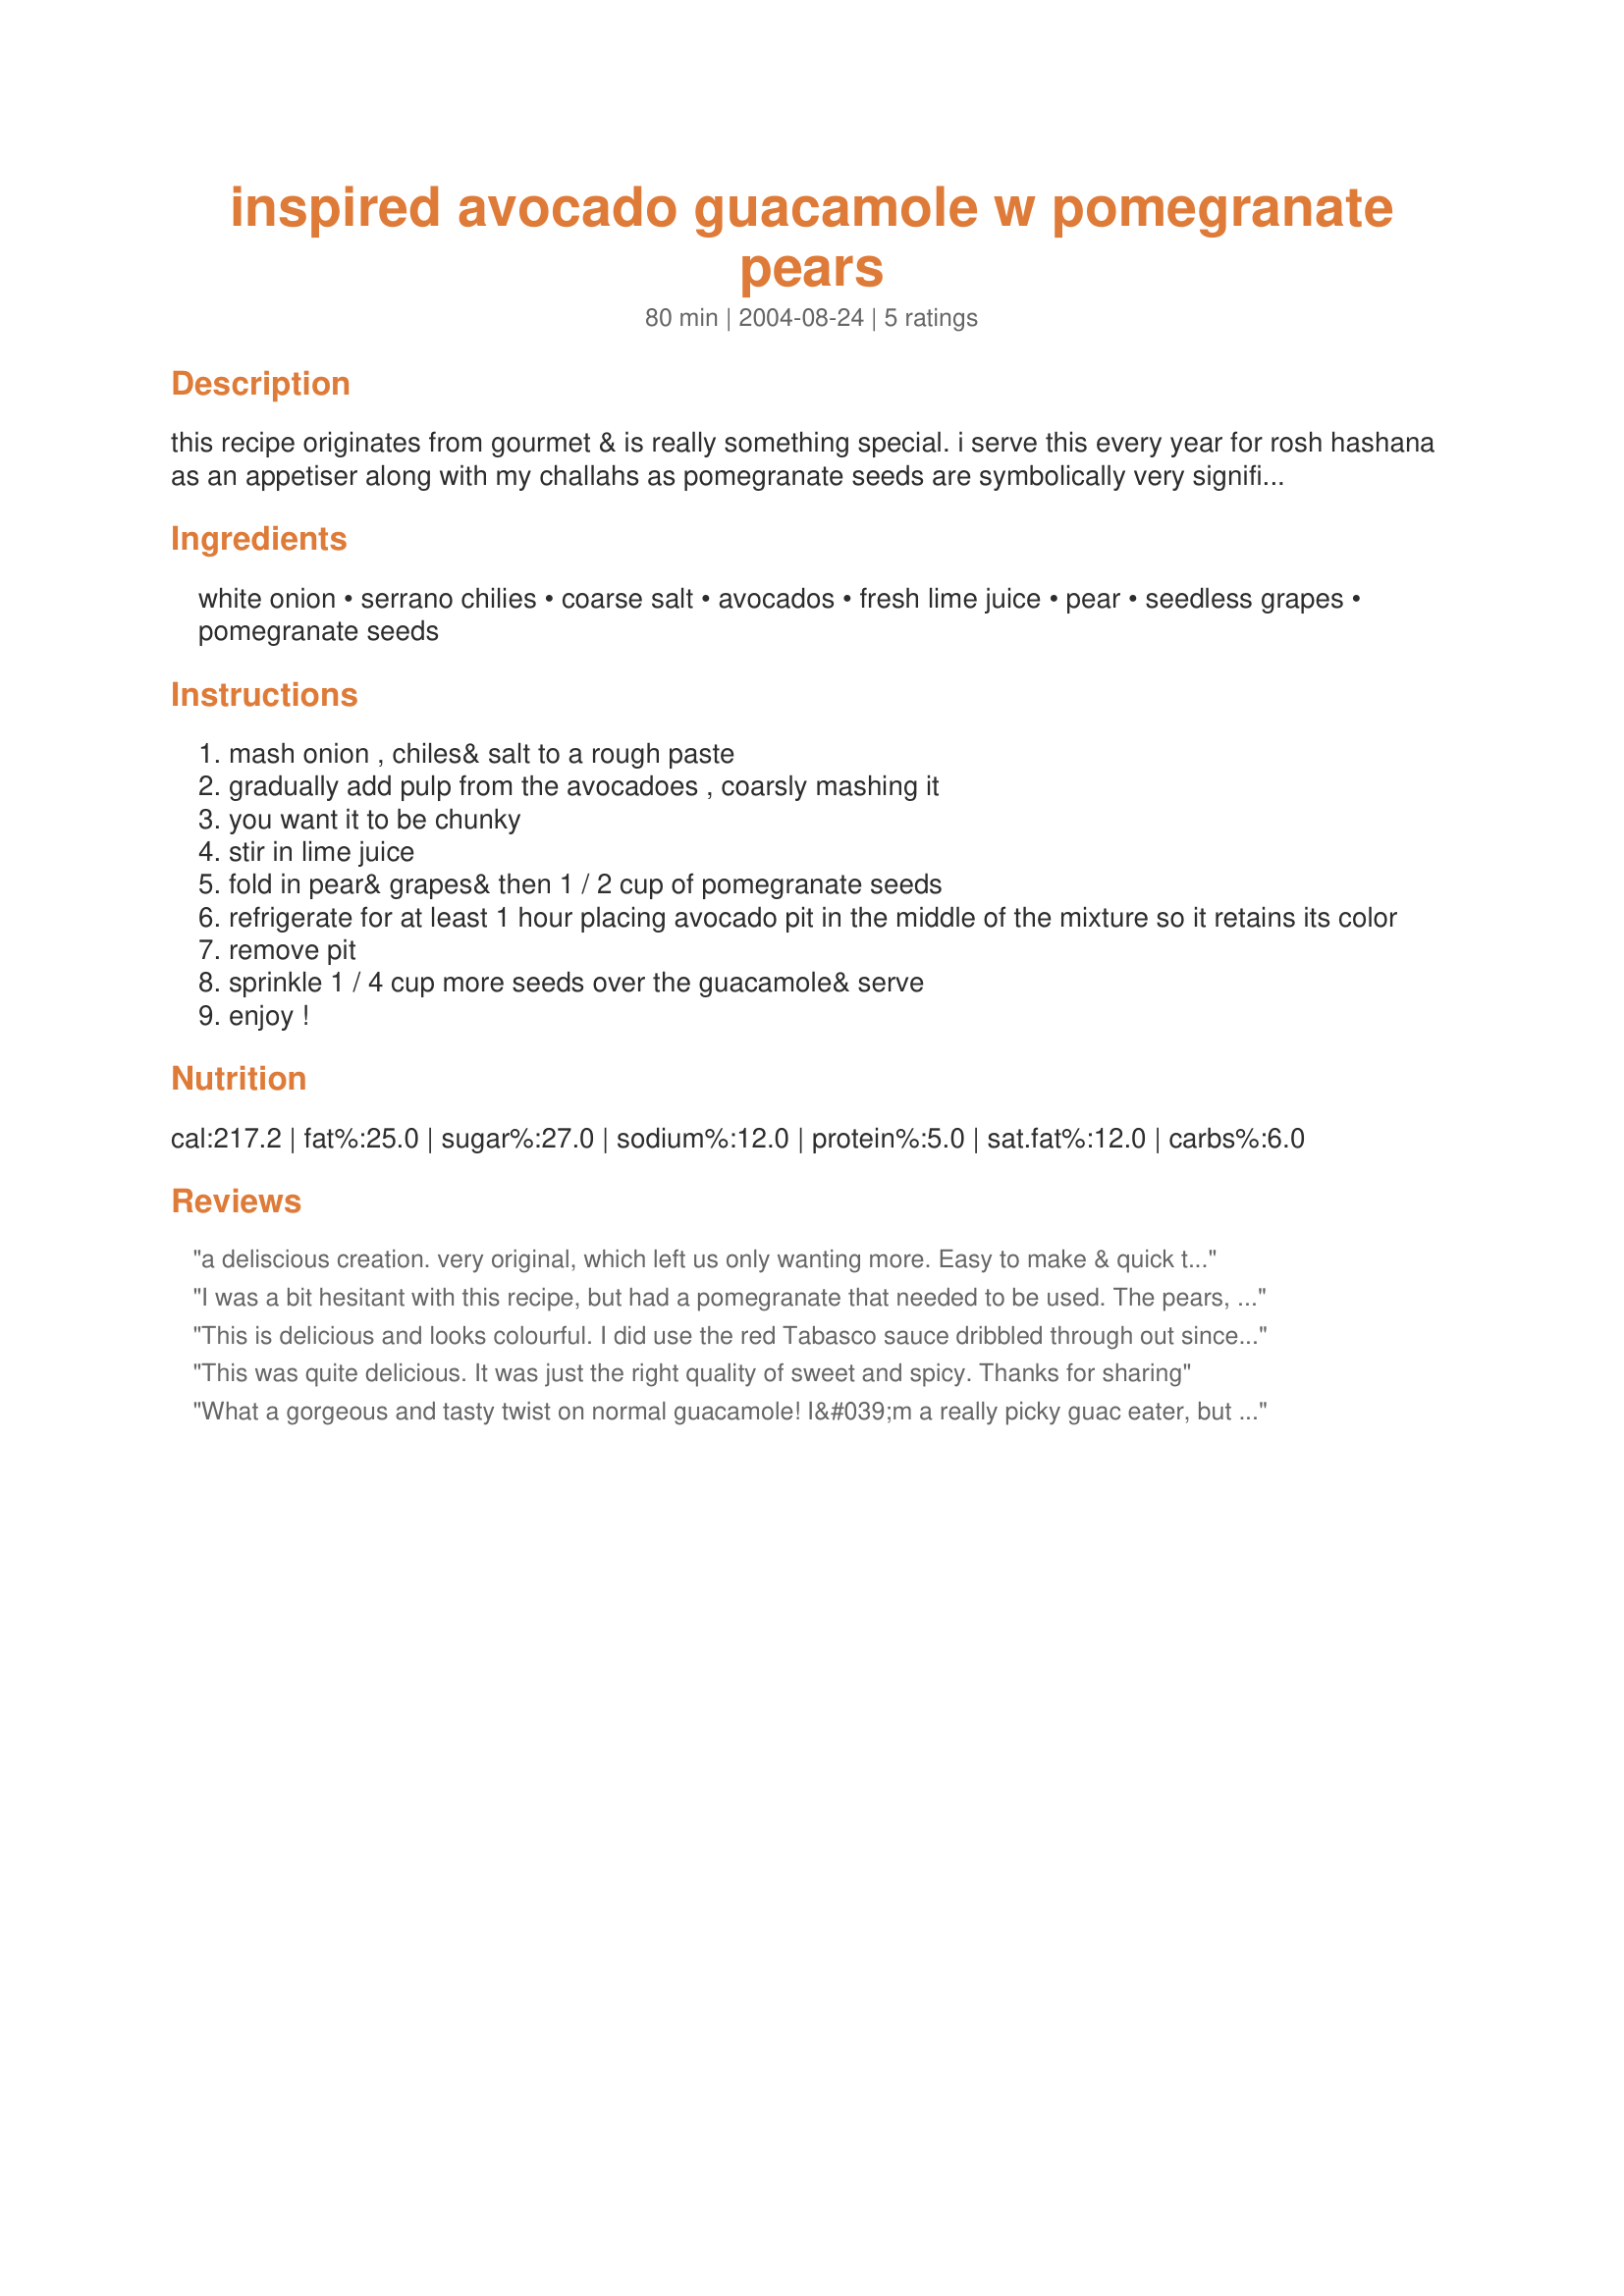
inspired avocado guacamole w pomegranate pears
Preparation time: 80 minutes

this recipe originates from gourmet & is really something special. i serve this every year for rosh hashana as an appetiser along with my challahs as pomegranate seeds are symbolically very significant. very different from what you may be used to but oh so delicious!(prep time includes 1 hour in frig.)

Ingredients:
white onion, serrano chilies, coarse salt, avocados, fresh lime juice, pear, seedless grapes, pomegranate seeds

Steps:
mash onion , chiles& salt to a rough paste
gradually add pulp from the avocadoes , coarsly mashing it
you want it to be chunky
stir in lime juice
fold in pear& grapes& then 1 / 2 cup of pomegranate seeds
refrigerate for at least 1 hour placing avocado pit in the middle of the mixture so it retains its color
remove pit
sprinkle 1 / 4 cup more seeds over the guacamole& serve
enjoy !

Reviews:
a deliscious creation. very original, which left us only wanting more. Easy to make & quick to disappear.
I was a bit hesitant with this recipe, but had a pomegranate that needed to be used. The pears, grapes and pomegranates are excellent compliments to the heat of the chilies. This is a wonderful dip that will be repeated in my house.
This is delicious and looks colourful. I did use the red Tabasco sauce dribbled through out since I did not have serrano chilies. Wonderful spicy complement to the sweet pomegranate seeds. In fact I won't add grapes another time and it really doesn't need the pear either. I used sea salt for the salt. Served with rice crackers. I would make this again.
This was quite delicious. It was just the right quality of sweet and spicy. Thanks for sharing
What a gorgeous and tasty twist on normal guacamole! I&#039;m a really picky guac eater, but this one passed the test! Really lovely and so addictive! My fianc&eacute; and I ate the whole thing between us!
